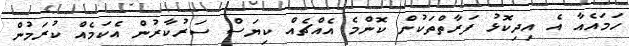
ހަމައެއާ އެ އިދިކޮޅު ފަރާތްތަކުން ކޮންމެ އެއްޗެއް ކިޔަސް ސަރުކާރުން އެކަމެއް ކުރަމުން